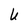
Character: U